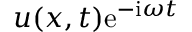
u ( x , t ) \mathrm { e } ^ { - \mathrm { i } \omega t }